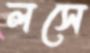
লসে